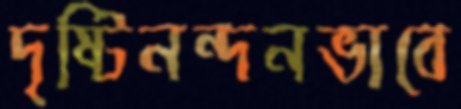
দৃষ্টিনন্দনভাবে